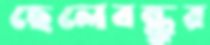
ছেলেবন্ধুর